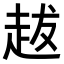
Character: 𧺺